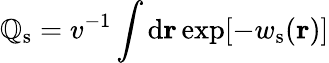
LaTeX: \mathbb{Q}_{\mathrm{{s}}}=v^{-1}\int\mathrm{{d}}\mathbf{{r}}\exp[-w_{\mathrm{{s}}}(\mathbf{{r}})]